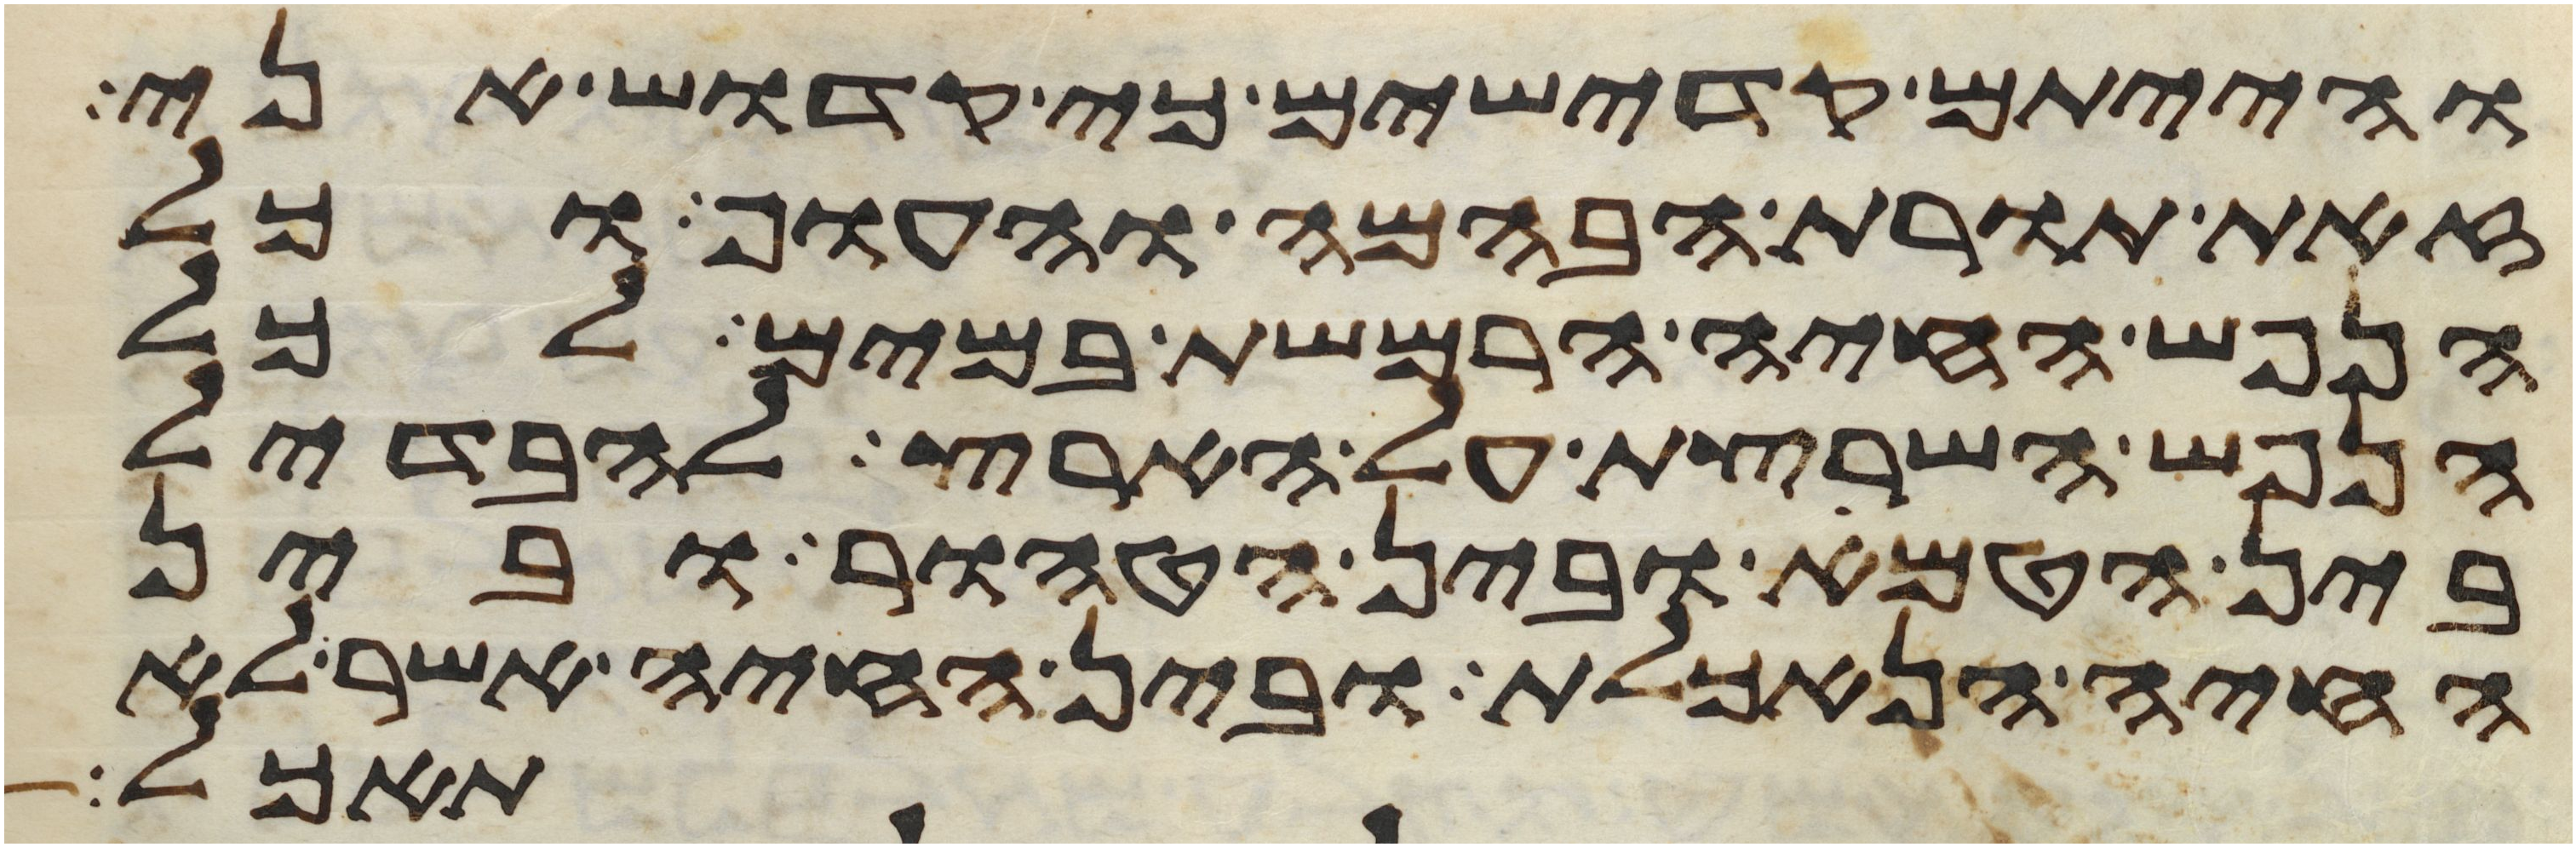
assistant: והייתם קדישים כי קדוש אני
זאת תורת הבהמה והעוף וכל
הנפש החיה הרמשת במים לכל
הנפש השרצת על הארץ להבדיל
בין הטמא ובין הטהור ובין
החיה הנאכלת ובין החיה אשר לא
תאכל